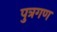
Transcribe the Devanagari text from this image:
पुत्रगण